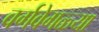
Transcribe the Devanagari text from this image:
वर्गवेगळ्या